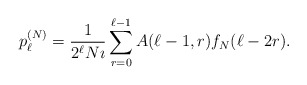
\begin{align*}p_{\ell}^{(N)} = \frac{1}{2^{\ell} N \imath } \sum_{r=0}^{\ell -1} A(\ell-1,r) f_{N}(\ell-2r).\end{align*}